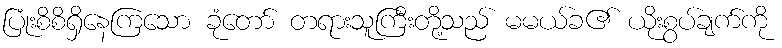
ပြုံးစိစိရှိနေကြသော ခုံတော် တရားသူကြီးတို့သည် မမယ်ခ၏ ယိုးစွပ်ချက်ကို